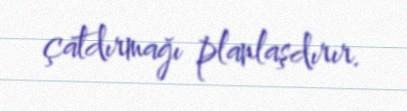
çatdırmağı planlaşdırır.